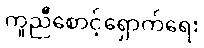
ကူညီစောင့်ရှောက်ရေး